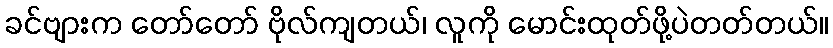
ခင်ဗျားက တော်တော် ဗိုလ်ကျတယ်၊ လူကို မောင်းထုတ်ဖို့ပဲတတ်တယ်။